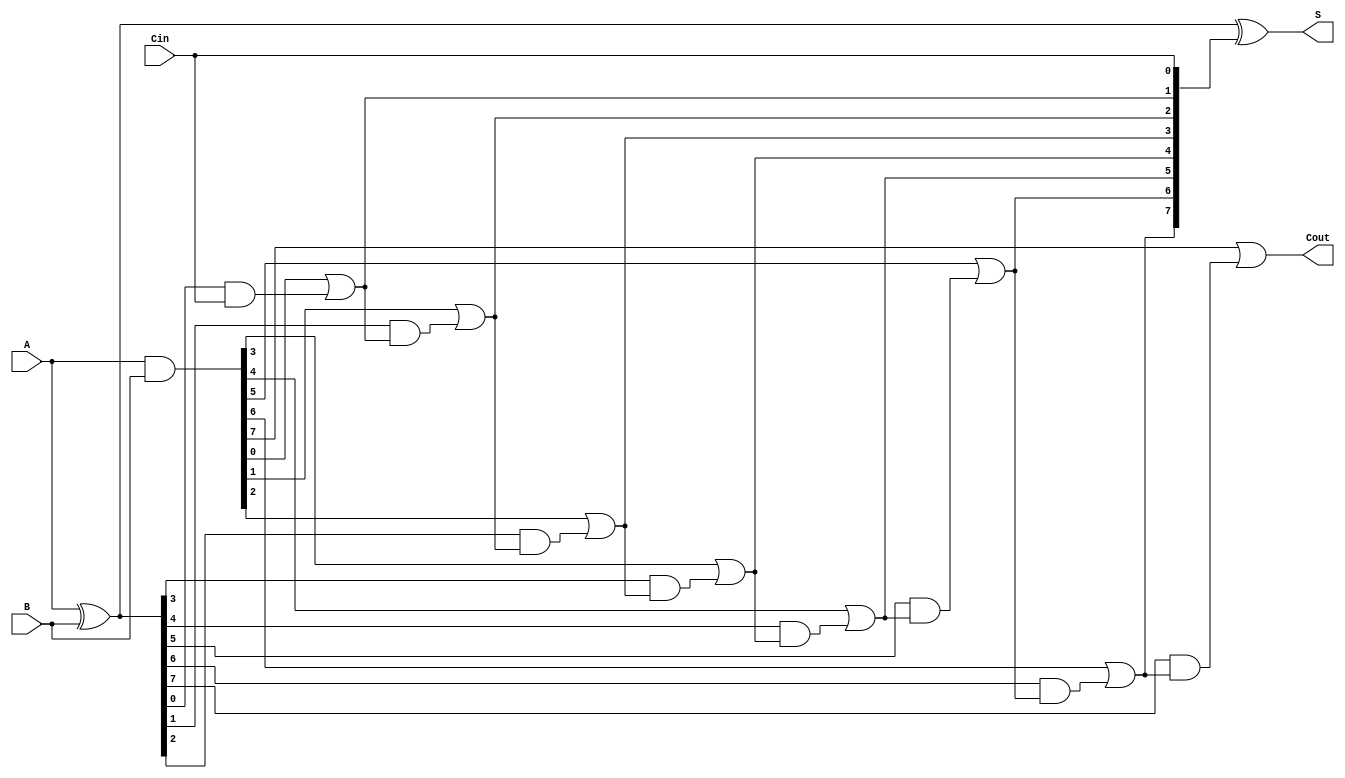
module BrentKungAdder #(parameter N = 8) (
    input  [N-1:0] A,      // First n-bit input
    input  [N-1:0] B,      // Second n-bit input
    input          Cin,     // Carry-in
    output [N-1:0] S,      // n-bit sum output
    output         Cout     // Carry-out
);

    // Generate and Propagate signals
    wire [N-1:0] G; // Generate signals
    wire [N-1:0] P; // Propagate signals
    wire [N:0] C;   // Carry signals (C[0] to C[N])

    // Generate and Propagate calculations
    assign G = A & B;          // Generate
    assign P = A ^ B;          // Propagate

    // Carry signal initialization
    assign C[0] = Cin;         // Initial carry-in

    // Prefix computation (Brent-Kung tree)
    genvar i, j;
    generate
        // Compute carry signals using the Brent-Kung structure
        for (i = 1; i <= N; i = i + 1) begin: carry_generation
            assign C[i] = G[i-1] | (P[i-1] & C[i-1]);
        end
    endgenerate

    // Sum computation
    assign S = P ^ C[N-1:0];   // Sum calculation

    // Final carry-out
    assign Cout = C[N];        // Carry-out

endmodule